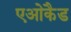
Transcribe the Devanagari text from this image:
एओकैड